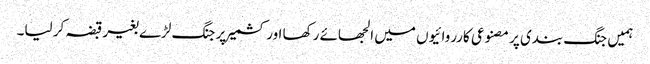
ہمیں جنگ بندی پر مصنوعی کارروائیوں میں الجھائے رکھا اور کشمیر پر جنگ لڑے بغیر قبضہ کر لیا۔